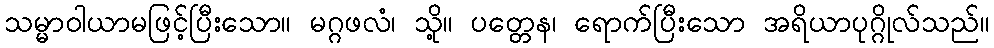
သမ္မာဝါယာမဖြင့်ပြီးသော။ မဂ္ဂဖလံ၊ သို့။ ပတ္တေန၊ ရောက်ပြီးသော အရိယာပုဂ္ဂိုလ်သည်။